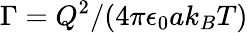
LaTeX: \Gamma=Q^{2}/(4\pi\epsilon_{0}ak_{B}T)